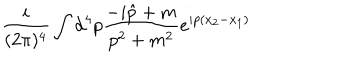
LaTeX: \frac { i } { ( 2 \pi ) ^ { 4 } } \int { \mathrm d } ^ { 4 } p \frac { - i \hat { p } + m } { p ^ { 2 } + m ^ { 2 } } e ^ { i p ( x _ { 2 } - x _ { 1 } ) }